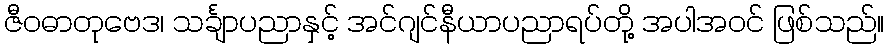
ဇီဝဓာတုဗေဒ၊ သင်္ချာပညာနှင့် အင်ဂျင်နီယာပညာရပ်တို့ အပါအဝင် ဖြစ်သည်။